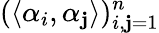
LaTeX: (\langle\alpha_{i},\alpha_{\mathbf{j}}\rangle)_{i,\mathbf{j}=1}^{n}